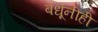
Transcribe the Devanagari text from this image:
बंधूंनीही